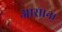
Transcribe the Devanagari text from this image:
आसाना